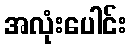
အလုံးပေါင်း